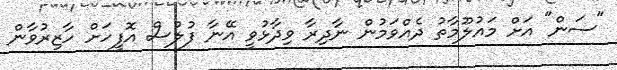
"ސަން" އަށް މައުލޫމާތު ދެއްވަމުން ނާދިރާ ވިދާޅުވީ އޭނާ ފުލުސް އޮފީހަށް ހާޒިރުވާން